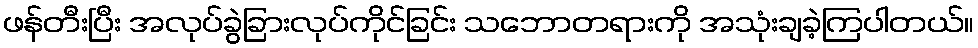
ဖန်တီးပြီး အလုပ်ခွဲခြားလုပ်ကိုင်ခြင်း သဘောတရားကို အသုံးချခဲ့ကြပါတယ်။